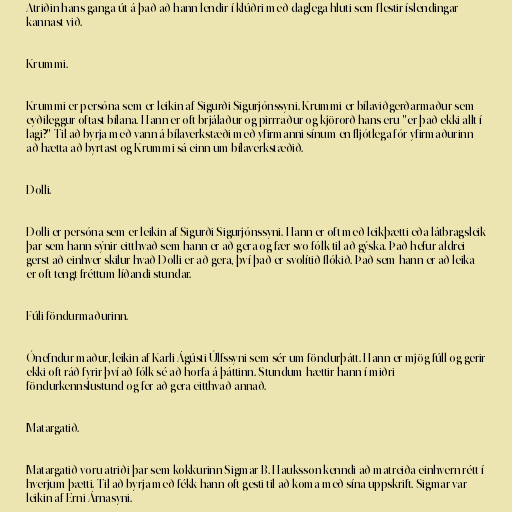
Atriðin hans ganga út á það að hann lendir í klúðri með daglega hluti sem flestir íslendingar
kannast við.

Krummi.

Krummi er persóna sem er leikin af Sigurði Sigurjónssyni. Krummi er bílaviðgerðarmaður sem
eyðileggur oftast bílana. Hann er oft brjálaður og pirrraður og kjörorð hans eru "er það ekki allt í
lagi?" Til að byrja með vann á bílaverkstæði með yfirmanni sínum en fljótlega fór yfirmaðurinn
að hætta að byrtast og Krummi sá einn um bílaverkstæðið.

Dolli.

Dolli er persóna sem er leikin af Sigurði Sigurjónssyni. Hann er oft með leikþætti eða látbragsleik
þar sem hann sýnir eitthvað sem hann er að gera og fær svo fólk til að gýska. Það hefur aldrei
gerst að einhver skilur hvað Dolli er að gera, því það er svolítið flókið. Það sem hann er að leika
er oft tengt fréttum líðandi stundar.

Fúli föndurmaðurinn.

Ónefndur maður, leikin af Karli Ágústi Úlfssyni sem sér um föndurþátt. Hann er mjög fúll og gerir
ekki oft ráð fyrir því að fólk sé að horfa á þáttinn. Stundum hættir hann í miðri
föndurkennslustund og fer að gera eitthvað annað.

Matargatið.

Matargatið voru atriði þar sem kokkurinn Sigmar B. Hauksson kenndi að matreiða einhvern rétt í
hverjum þætti. Til að byrja með fékk hann oft gesti til að koma með sína uppskrift. Sigmar var
leikin af Erni Árnasyni.